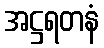
အဋ္ဌရတနံ